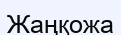
Жаңқожа